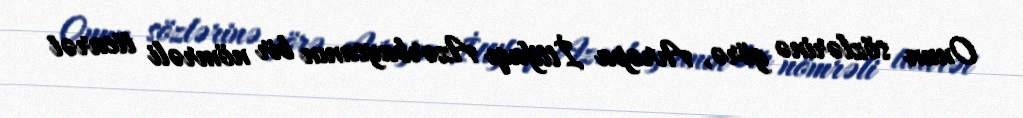
Onun sözlərinə görə, Avropa İttifaqı Azərbaycanın bir nömrəli ticarət